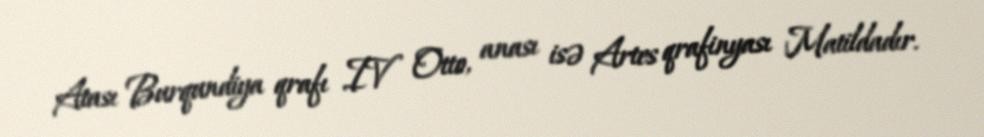
Atası Burqundiya qrafı IV Otto, anası isə Artes qrafinyası Matildadır.